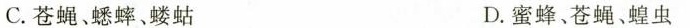
C.苍蝇、蟋蟀、蝼蛄 D.蜜蜂、苍蝇、蝗虫